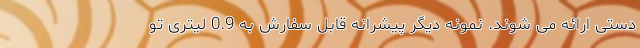
دستی ارائه می شوند. نمونه دیگر پیشرانه قابل سفارش به 0.9 لیتری تو